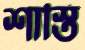
শাস্তি